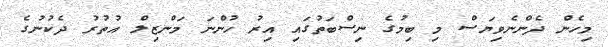
މިހެން ދެންނެވިޔަސް މި ބިމުގެ ނިސްބަތުގައި އިރު ހުންނަ މަންޒިލް އުތުރު ދެކުނުގެ